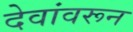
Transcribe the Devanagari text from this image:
देवांवरून